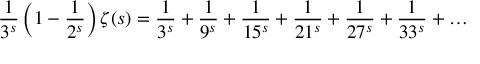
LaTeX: { \frac { 1 } { 3 ^ { s } } } \left( 1 - { \frac { 1 } { 2 ^ { s } } } \right) \zeta ( s ) = { \frac { 1 } { 3 ^ { s } } } + { \frac { 1 } { 9 ^ { s } } } + { \frac { 1 } { 1 5 ^ { s } } } + { \frac { 1 } { 2 1 ^ { s } } } + { \frac { 1 } { 2 7 ^ { s } } } + { \frac { 1 } { 3 3 ^ { s } } } + \ldots